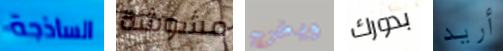
الساذجة مشوشة ويخرج بدورك أريد